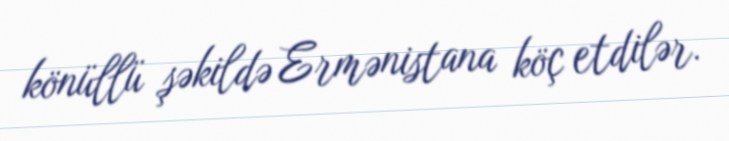
könüllü şəkildə Ermənistana köç etdilər.